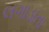
લગાડાતા